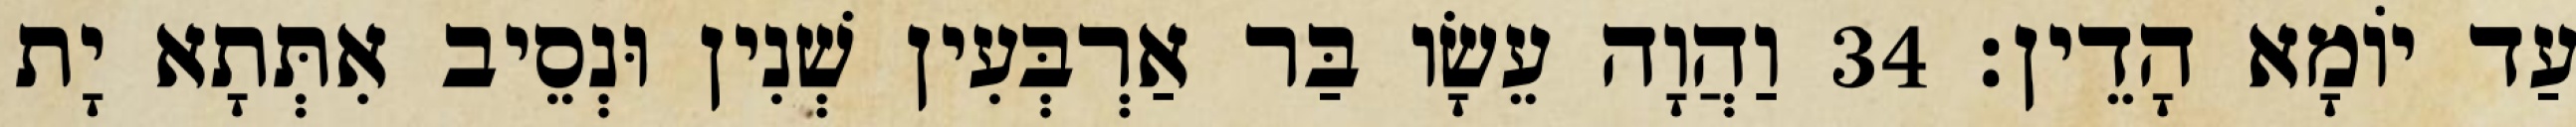
עַד יוֹמָא הָדֵין׃ 34 וַהֲוָה עֵשָׂו בַּר אַרְבְּעִין שְׁנִין וּנְסֵיב אִתְּתָא יָת